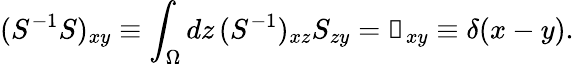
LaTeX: (S^{-1}S)_{xy}\equiv\int_{\Omega}dz\, (S^{-1})_{xz}S_{zy}=\mathbb{1}_{xy}\equiv\delta(x-y).